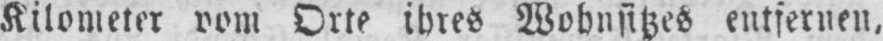
Kilometer vom Orte ihres Wohnsitzes entfernen,